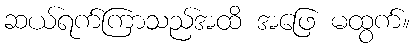
ဆယ်ရက်ကြာသည်အထိ အဖြေ မထွက်။